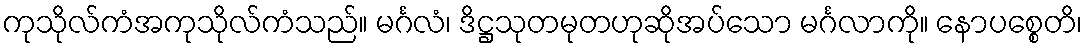
ကုသိုလ်ကံအကုသိုလ်ကံသည်။ မင်္ဂလံ၊ ဒိဋ္ဌသုတမုတဟုဆိုအပ်သော မင်္ဂလာကို။ နောပစ္စေတိ၊